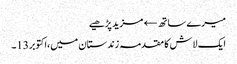
میرے ساتھ← مزید پڑھیے
ایک لاش کا مقدمہ زندستان میں،اکتوبر13۔